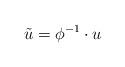
LaTeX: \begin{align*}\tilde{u}=\phi^{-1}\cdot u\end{align*}